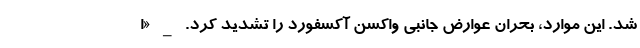
شد. این موارد، بحران عوارض جانبی واکسن آکسفورد را تشدید کرد. _ «ا